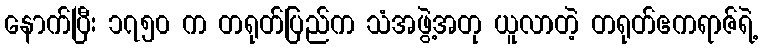
နောက်ပြီး ၁၇၅၀ က တရုတ်ပြည်က သံအဖွဲ့အတု ယူလာတဲ့ တရုတ်ဧကရာဇ်ရဲ့